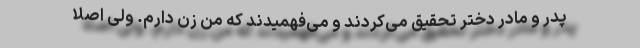
پدر و مادر دختر تحقیق می‌کردند و می‌فهمیدند که من زن دارم. ولی اصلاً